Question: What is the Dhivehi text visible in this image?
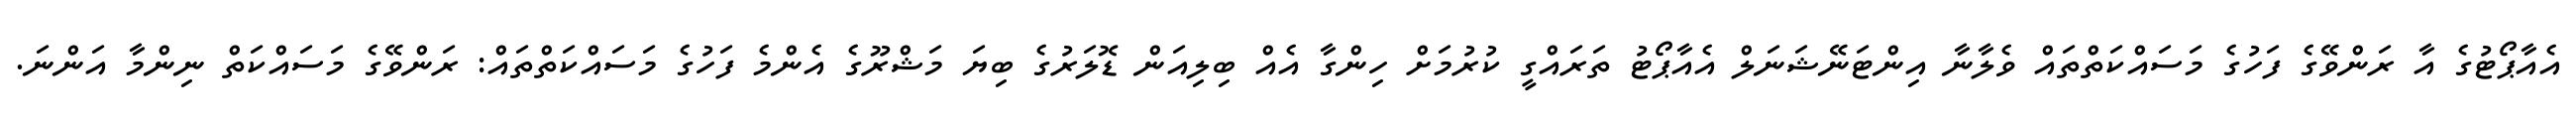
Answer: އެއާޕޯޓުގެ އާ ރަންވޭގެ ފަހުގެ މަސައްކަތްތައް ވެލާނާ އިންޓަނޭޝަނަލް އެއާޕޯޓު ތަރައްގީ ކުރުމަށް ހިންގާ އެއް ބިލިއަން ޑޮލަރުގެ ބިޔަ މަޝްރޫގެ އެންމެ ފަހުގެ މަސައްކަތްތައް: ރަންވޭގެ މަސައްކަތް ނިންމާ އަންނަ.